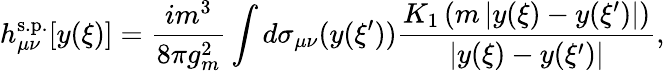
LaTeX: h_{\mu\nu}^{\mathrm{s.p.}}[y(\xi)]=\frac{im^{3}}{8\pi g_{m}^{2}}\int d\sigma_{\mu\nu}(y(\xi^{\prime}))\frac{K_{1}\left(m\left|y(\xi)-y(\xi^{\prime})\right|\right)}{\left|y(\xi)-y(\xi^{\prime})\right|},